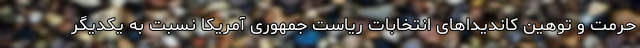
حرمت و توهین کاندیداهای انتخابات ریاست جمهوری آمریکا نسبت به یکدیگر